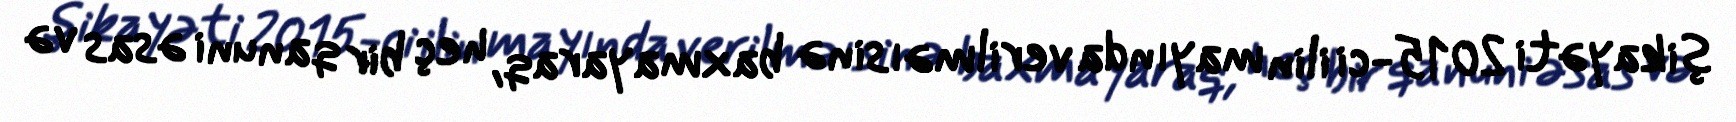
şikayəti 2015-ci ilin mayında verilməısinə baxmayaraq, heç bir qanuni əsas və